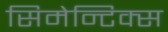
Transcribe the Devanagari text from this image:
सिमेन्टिक्स